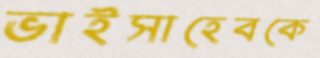
ভাইসাহেবকে